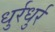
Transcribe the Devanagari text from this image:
धुर्रधुर्र